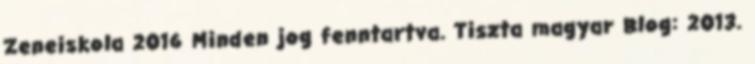
Zeneiskola 2016 Minden jog fenntartva. Tiszta magyar Blog: 2013.